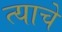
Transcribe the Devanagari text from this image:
त्याचेे